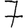
Digit: 7